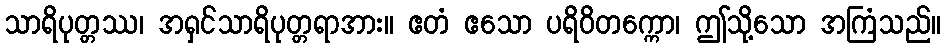
သာရိပုတ္တဿ၊ အရှင်သာရိပုတ္တရာအား။ ဧတံ ဧသော ပရိဝိတက္ကော၊ ဤသို့သော အကြံသည်။